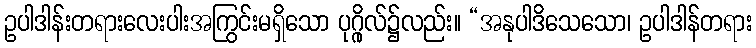
ဥပါဒါန်းတရားလေးပါးအကြွင်းမရှိသော ပုဂ္ဂိုလ်၌လည်း။ “အနုပါဒိသေသော၊ ဥပါဒါန်တရား